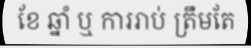
ខែ ឆ្នាំ ឬ ការរាប់ ត្រឹមតែ